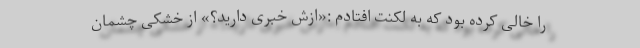
را خالی کرده بود که به لکنت افتادم :«ازش خبری دارید؟» از خشکی چشمان